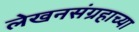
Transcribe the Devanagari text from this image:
लेखनसंग्रहाच्या